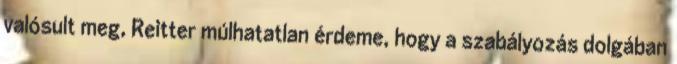
valósult meg, Reitter múlhatatlan érdeme, hogy a szabályozás dolgában